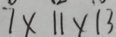
7 \times 1 1 \times 1 3